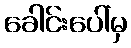
ခေါင်းပေါ်မှ